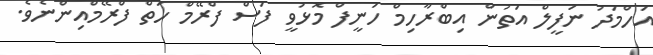
އަހްމަދު ނަފީލް އަތުން އިބްރާހިމް ހަނީފް މޮޅުވީ ފަސް ފްރޭމް ހަތް ފްރޭމްއިންނެވެ.